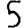
Digit: 5